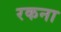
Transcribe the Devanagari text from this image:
रकना